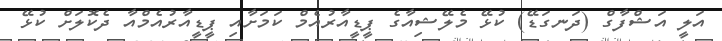
އަލީ އަޝްފާގް (ދަނގަޑޭ) ކުޅޭ މެލޭޝިއާގެ ޕީޑީއާރުއެމް ކަމަށާއި ޕީޑީއާރުއެމްއާ ދެކޮލަށް ކުޅޭ